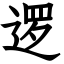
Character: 逻